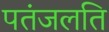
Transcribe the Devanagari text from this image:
पतंजलति